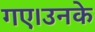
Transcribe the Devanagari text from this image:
गए।उनके